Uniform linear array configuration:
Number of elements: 48
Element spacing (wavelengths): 0.25
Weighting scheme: uniform
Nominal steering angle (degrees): -60
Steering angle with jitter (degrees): -61.781
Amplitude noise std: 0.05
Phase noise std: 0.05

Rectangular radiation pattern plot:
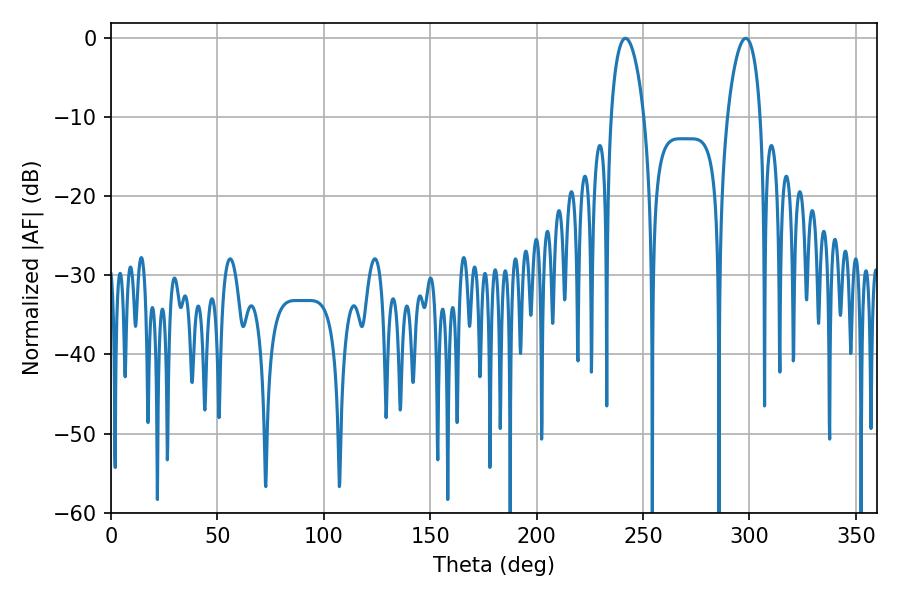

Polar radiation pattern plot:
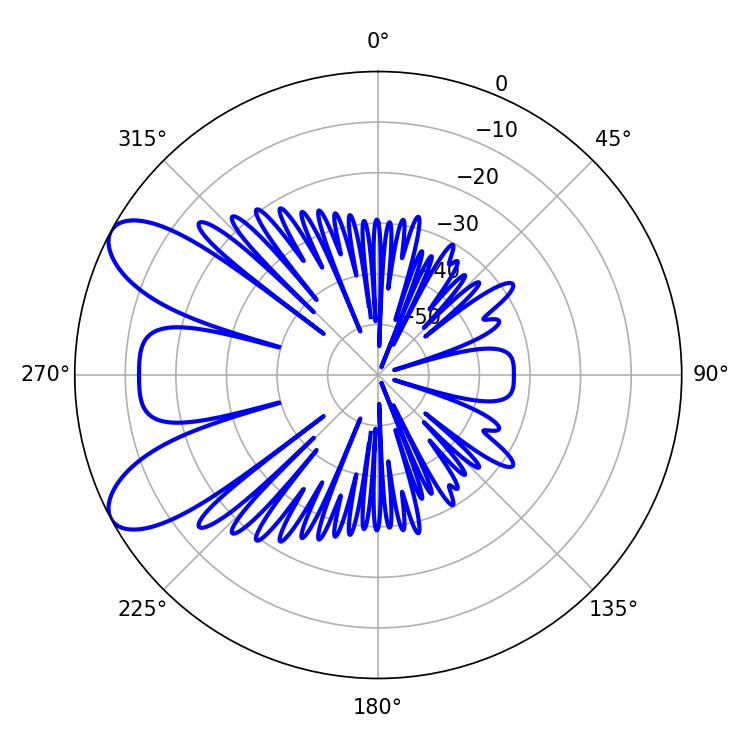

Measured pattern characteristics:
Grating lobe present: FALSE
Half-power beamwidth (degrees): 8.82
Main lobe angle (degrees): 241.74